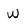
Character: w